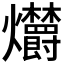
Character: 𤓣